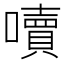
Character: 𡂝